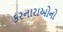
કરનારાઓનો